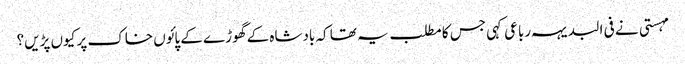
مہستی نے فی البدیہہ رباعی کہی جس کا مطلب یہ تھا کہ بادشاہ کے گھوڑے کے پائوں خاک پر کیوں پڑیں؟